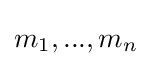
m_{1},...,m_{n}